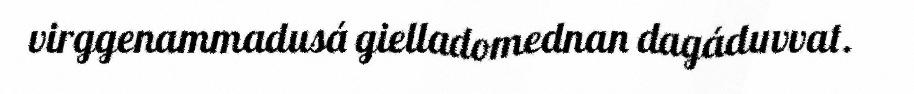
virggenammadusá gielladomednan dagáduvvat.